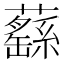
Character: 蘨